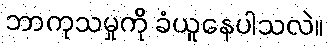
ဘာကုသမှုကို ခံယူနေပါသလဲ။